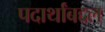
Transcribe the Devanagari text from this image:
पदार्थांबद्दल